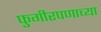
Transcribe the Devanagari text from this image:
फुगीरपणाच्या